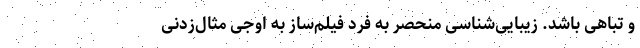
و تباهی باشد. زیبایی‌شناسی منحصر به فرد فیلم‌ساز به اوجی مثال‌زدنی